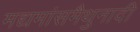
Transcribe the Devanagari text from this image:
मद्यमांसमैथुनादी